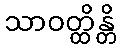
သာဝတ္ထိန္တိ